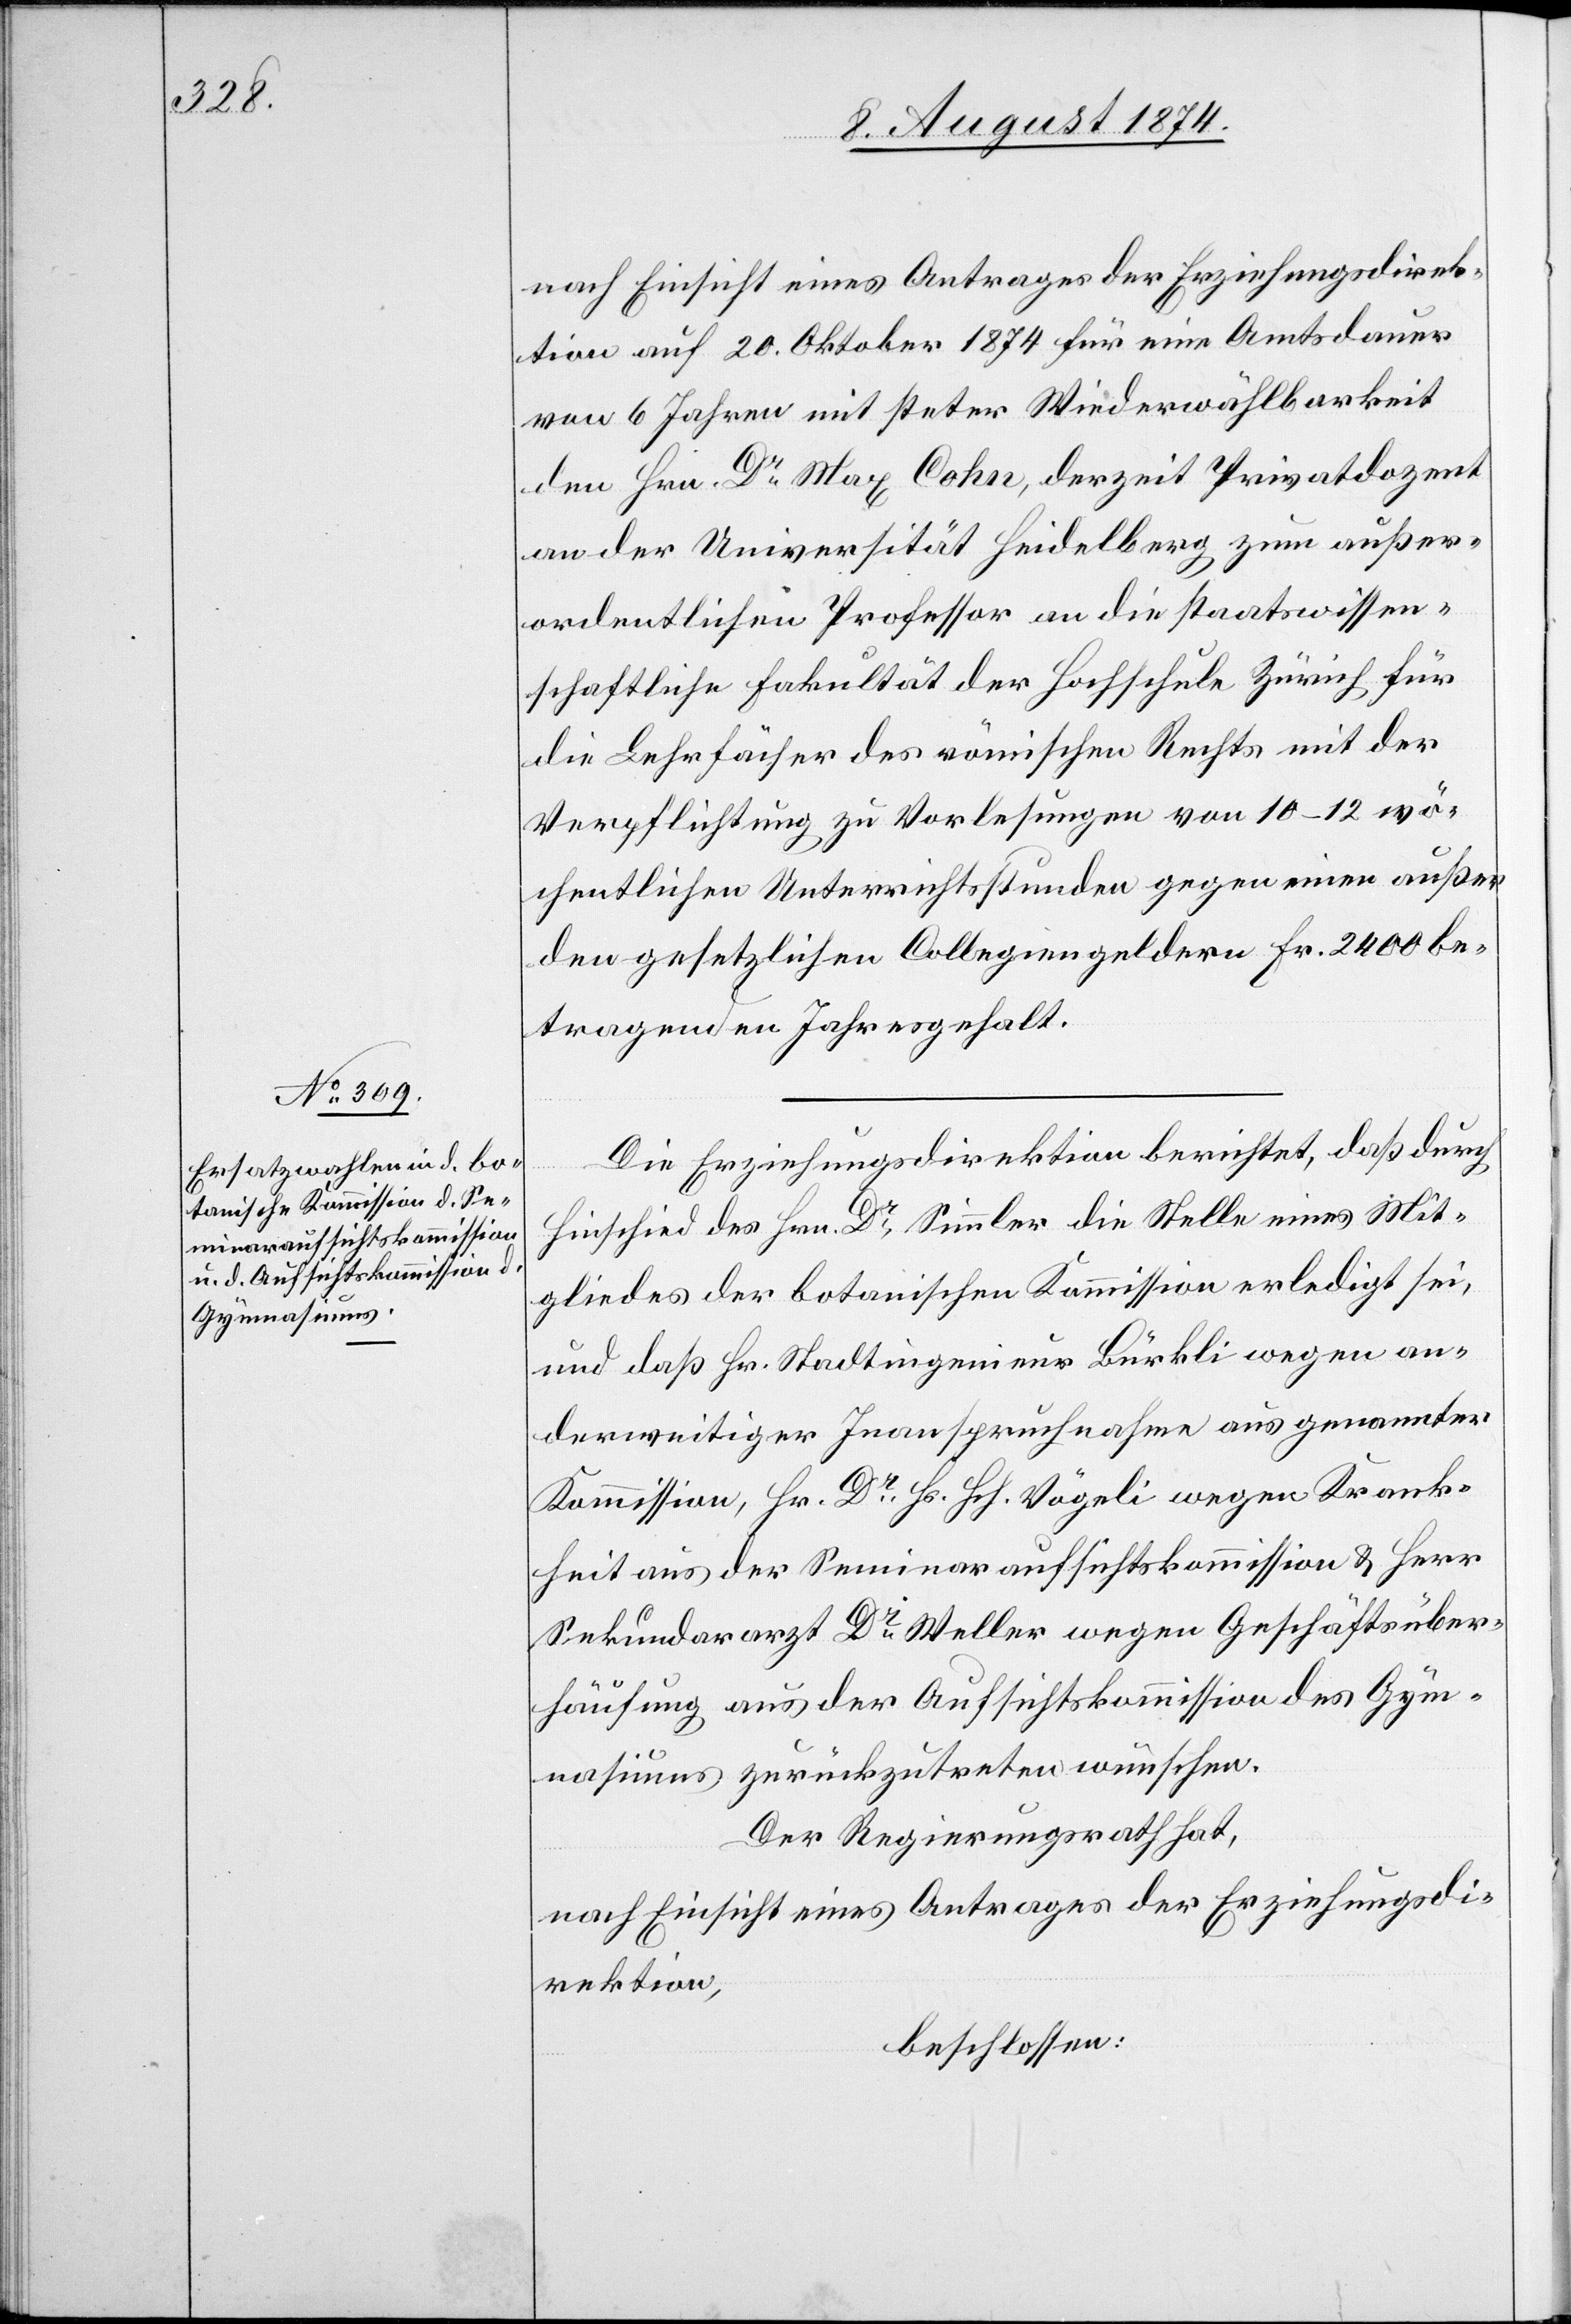
nach Einsicht eines Antrages der Erziehungsdirek¬
tion auf 20. Oktober 1874 für eine Amtsdauer
von 6 Jahren mit steter Wiederwählbarkeit
den Hrn. Dr Max Cohn, derzeit Privatdozent
an der Universität Heidelberg zum außer¬
ordentlichen Professor an die staatswissen¬
schaftliche Fakultät der Hochschule Zürich für
die Lehrfächer des römischen Rechts mit der
Verpflichtung zu Vorlesungen von 10–12 wö¬
chentlichen Unterrichtsstunden gegen eine außer
den gesetzlichen Collegiengeldern Fr. 2400 be¬
tragenden Jahresgehalt.
Die Erziehungsdirektion berichtet, daß durch
Hinschied des Hrn. Dr Simmler die Stelle eines Mit¬
gliedes der botanischen Kommission erledigt sei,
und daß Hr. Stadtingenieur Bürkli wegen an¬
derweitiger Inanspruchnahme aus genannter
Kommission, Hr. Dr Hs. Hch. Vögeli wegen Krank¬
heit aus der Seminaraufsichtskommission u. Herr
Sekundararzt Dr Weller wegen Geschäftsüber¬
häufung aus der Aufsichtskommission des Gym¬
nasiums zurückzutreten wünschen.
Der Regierungsrath hat,
nach Einsicht eines Antrages der Erziehungsdi¬
rektion,
beschlossen: